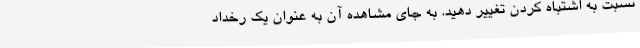
نسبت به اشتباه کردن تغییر دهید. به جای مشاهده آن به عنوان یک رخداد